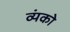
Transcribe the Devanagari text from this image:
व्यंको